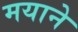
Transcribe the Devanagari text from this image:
मयाने